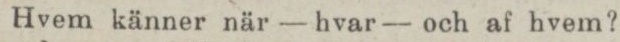
Hvem känner när — hvar — och af hvem?